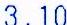
3.10